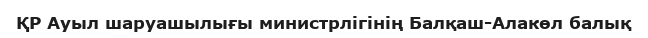
ҚР Ауыл шаруашылығы министрлігінің Балқаш-Алакөл балық